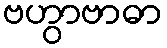
ဗဟွာဗာဓာ